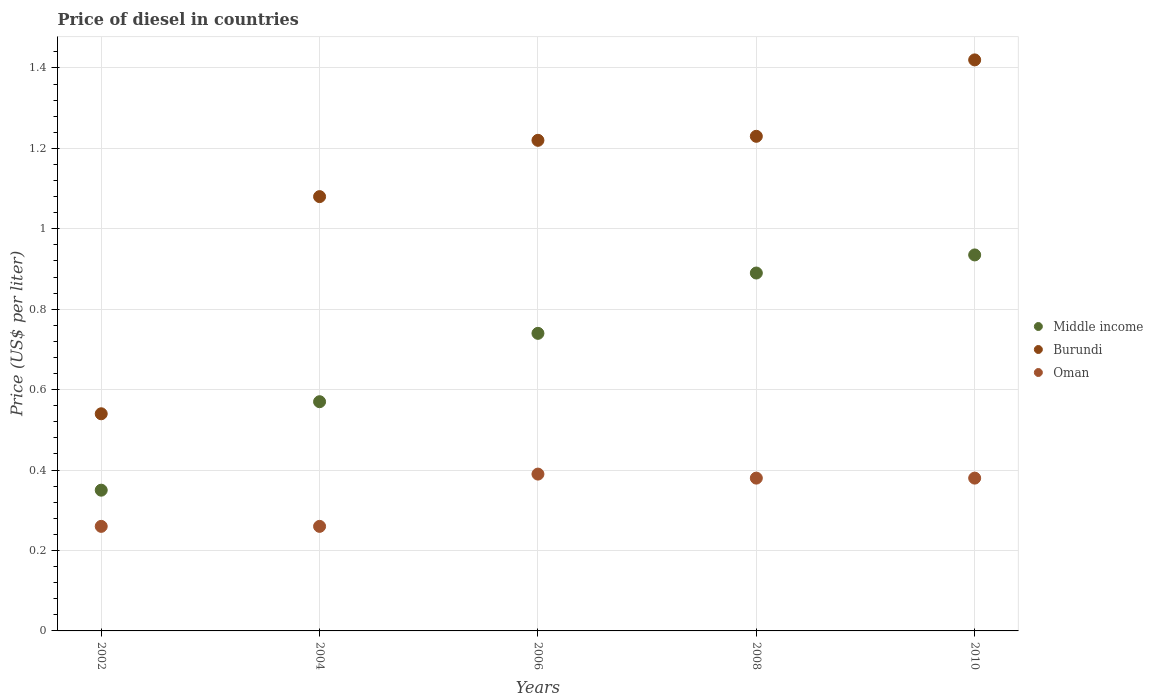
| Years | Middle income | Burundi | Oman |
 | --- | --- | --- | --- |
 | 2002 | 0.35 | 0.54 | 0.26 |
 | 2004 | 0.57 | 1.08 | 0.26 |
 | 2006 | 0.74 | 1.22 | 0.39 |
 | 2008 | 0.89 | 1.23 | 0.38 |
 | 2010 | 0.935 | 1.42 | 0.38 |